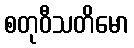
စတုဝီသတိမော